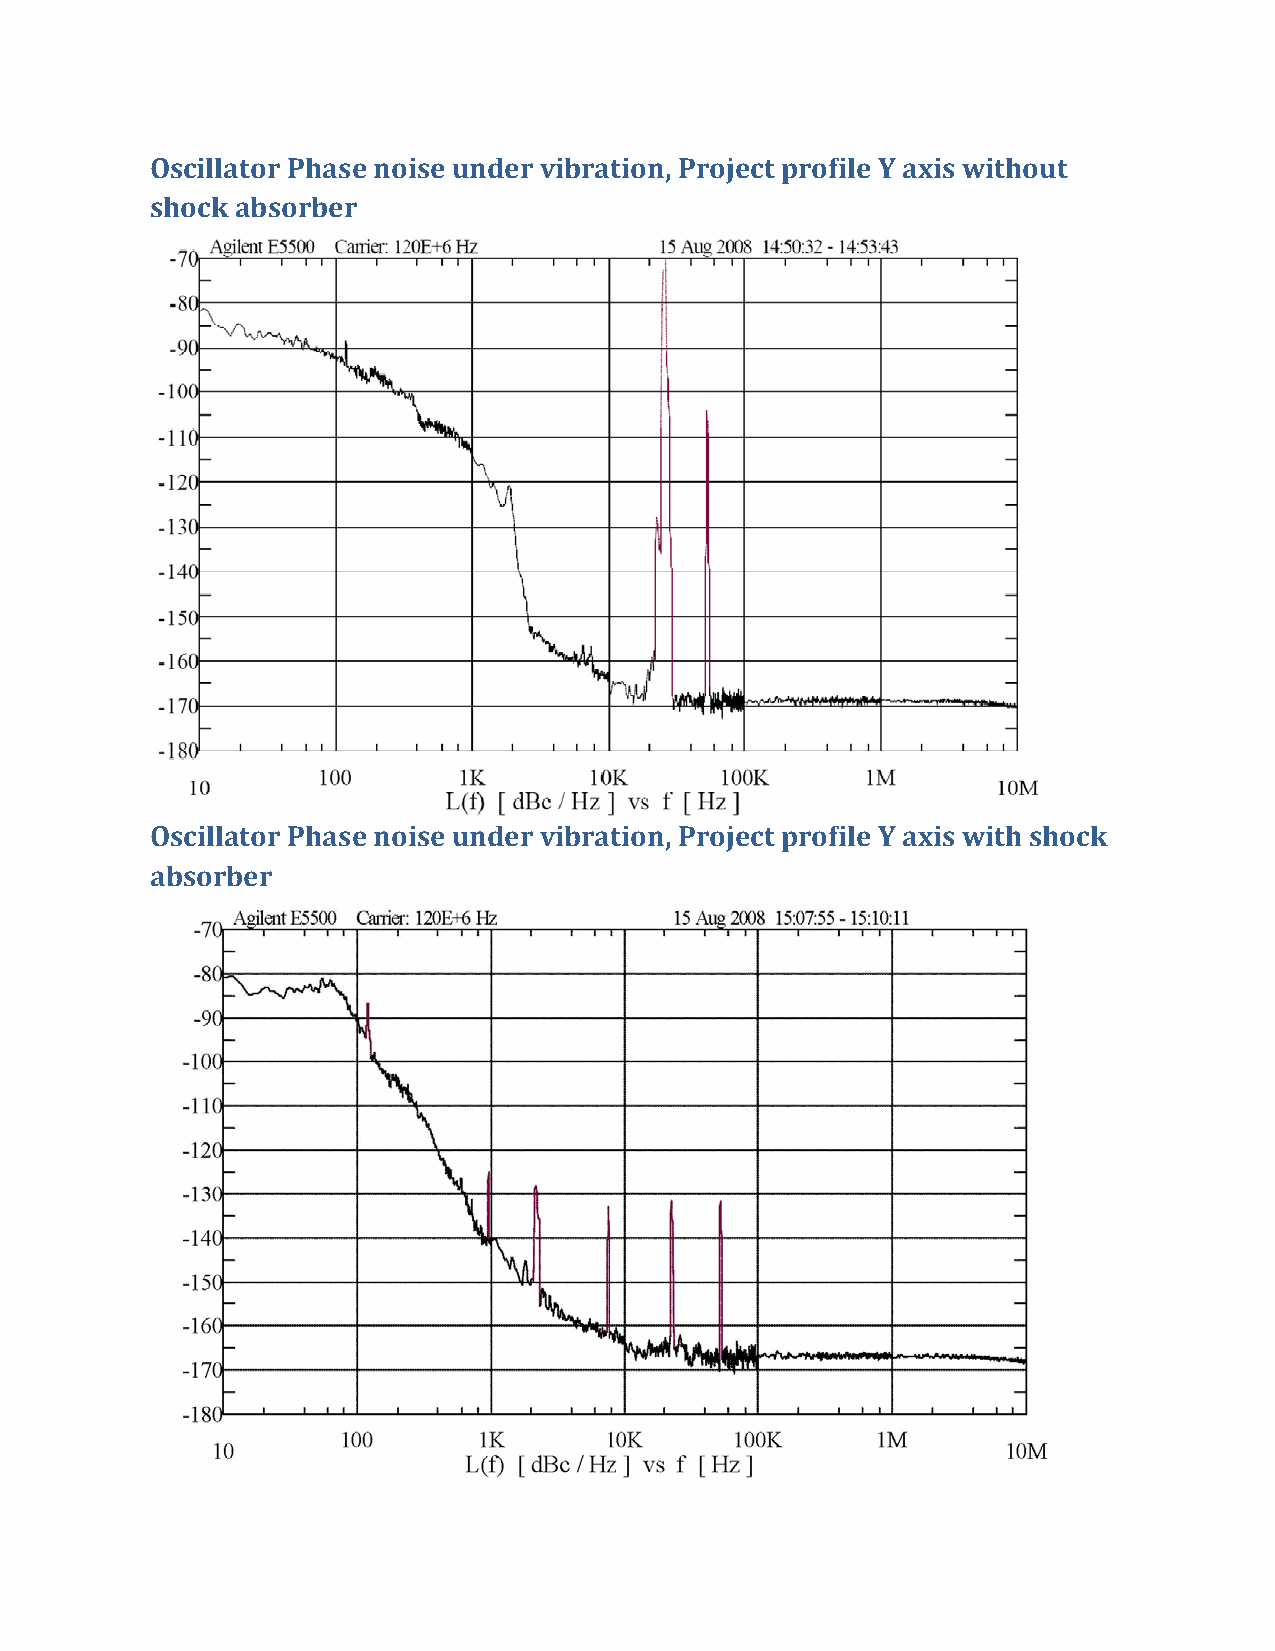
Oscillator Phase noise under vibration, Project profile Y axis without
 shock absorber
 Oscillator Phase noise under vibration, Project profile Y axis with shock
 absorber